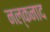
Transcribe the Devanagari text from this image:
नल्कनाद